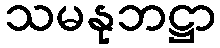
သမနုဘဋ္ဌာ